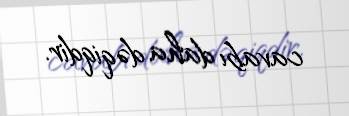
cavabı daha dəqiqdir.